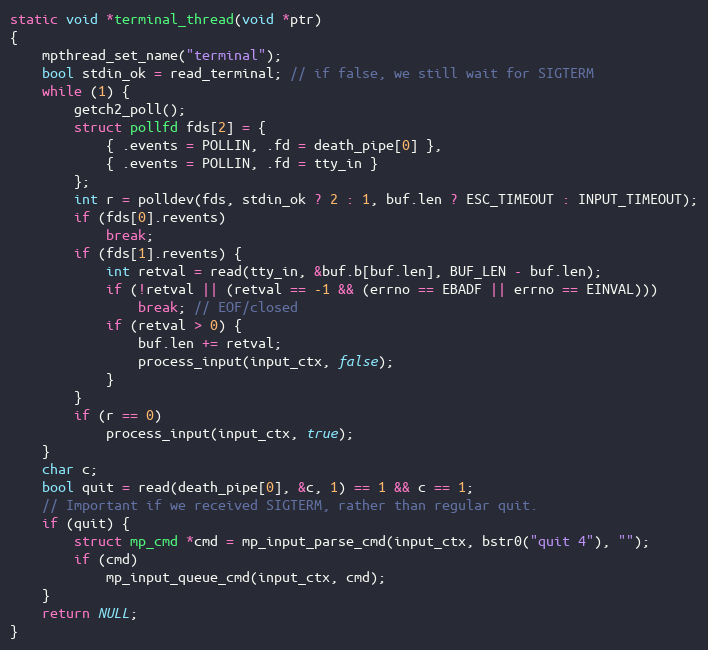
Language: C
static void *terminal_thread(void *ptr)
{
    mpthread_set_name("terminal");
    bool stdin_ok = read_terminal; // if false, we still wait for SIGTERM
    while (1) {
        getch2_poll();
        struct pollfd fds[2] = {
            { .events = POLLIN, .fd = death_pipe[0] },
            { .events = POLLIN, .fd = tty_in }
        };
        int r = polldev(fds, stdin_ok ? 2 : 1, buf.len ? ESC_TIMEOUT : INPUT_TIMEOUT);
        if (fds[0].revents)
            break;
        if (fds[1].revents) {
            int retval = read(tty_in, &buf.b[buf.len], BUF_LEN - buf.len);
            if (!retval || (retval == -1 && (errno == EBADF || errno == EINVAL)))
                break; // EOF/closed
            if (retval > 0) {
                buf.len += retval;
                process_input(input_ctx, false);
            }
        }
        if (r == 0)
            process_input(input_ctx, true);
    }
    char c;
    bool quit = read(death_pipe[0], &c, 1) == 1 && c == 1;
    // Important if we received SIGTERM, rather than regular quit.
    if (quit) {
        struct mp_cmd *cmd = mp_input_parse_cmd(input_ctx, bstr0("quit 4"), "");
        if (cmd)
            mp_input_queue_cmd(input_ctx, cmd);
    }
    return NULL;
}